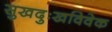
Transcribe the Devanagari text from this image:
सुखदुःखविवेक